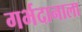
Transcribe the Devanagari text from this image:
गर्भदानाला